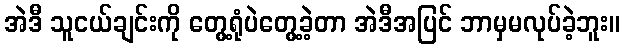
အဲဒီ သူငယ်ချင်းကို တွေ့ရုံပဲတွေ့ခဲ့တာ အဲဒီအပြင် ဘာမှမလုပ်ခဲ့ဘူး။